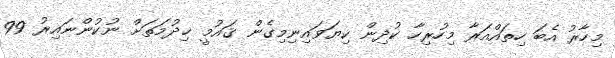
މިހާރު އެބަ ހިތައްއަރާ މިހުރިހާ ކުދިން ކިޔަވައިނިމިގެން ޤައުމީ ޚިދުމަތަށް ނުކުންނައިރު 99